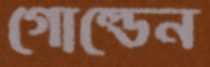
গোল্ডেন